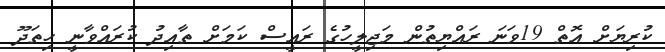
ކުރިޔަށް އޮތް 19ވަނަ ރައްޔިތުން މަޖިލީހުގެ ރައީސް ކަމަށް ތާއިދު ކުރައްވާނީ ހިތަދޫ